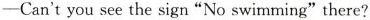
——Can't you see the sign"No swimming"there?